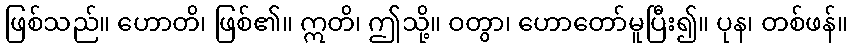
ဖြစ်သည်။ ဟောတိ၊ ဖြစ်၏။ ဣတိ၊ ဤသို့။ ဝတွာ၊ ဟောတော်မူပြီး၍။ ပုန၊ တစ်ဖန်။